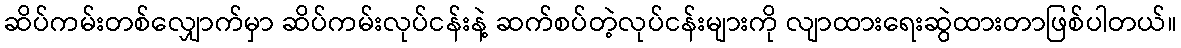
ဆိပ်ကမ်းတစ်လျှောက်မှာ ဆိပ်ကမ်းလုပ်ငန်းနဲ့ ဆက်စပ်တဲ့လုပ်ငန်းများကို လျာထားရေးဆွဲထားတာဖြစ်ပါတယ်။